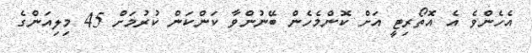
އެހެންވެ އެ އޮތޯރިޓީ އަށް ކޮންމެހެން ބޭނުންވާ ކަންކަން ކުރުމަށް 45 މިލިއަންގެ